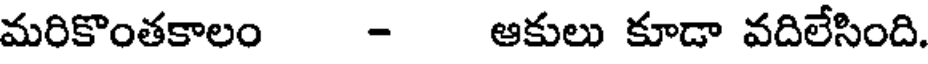
మరికొంతకాలం - ఆకులు కూడా వదిలేసింది.